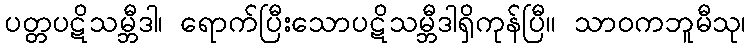
ပတ္တပဋိသမ္ဘီဒါ၊ ရောက်ပြီးသောပဋိသမ္ဘီဒါရှိကုန်ပြီ။ သာဝကဘူမီသု၊